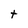
Character: t